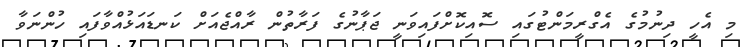
މި އެހީ ދިނުމުގެ އެގްރީމަންޓުގައި ސޮއިކޮށްފައިވަނީ ޖަޕާނުގެ ފަރާތުން ރާއްޖެއަށް ކަނޑައަޅުއްވާފައި ހުންނަވާ